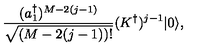
{ \frac { ( a _ { 1 } ^ { \dagger } ) ^ { M - 2 ( j - 1 ) } } { \sqrt { ( M - 2 ( j - 1 ) ) ! } } } ( K ^ { \dagger } ) ^ { j - 1 } | 0 \rangle ,